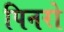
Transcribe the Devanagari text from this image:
पिनरो